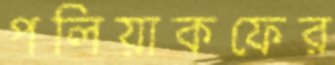
পলিয়াকফের